Rapla_vallavalitsus, lk 19
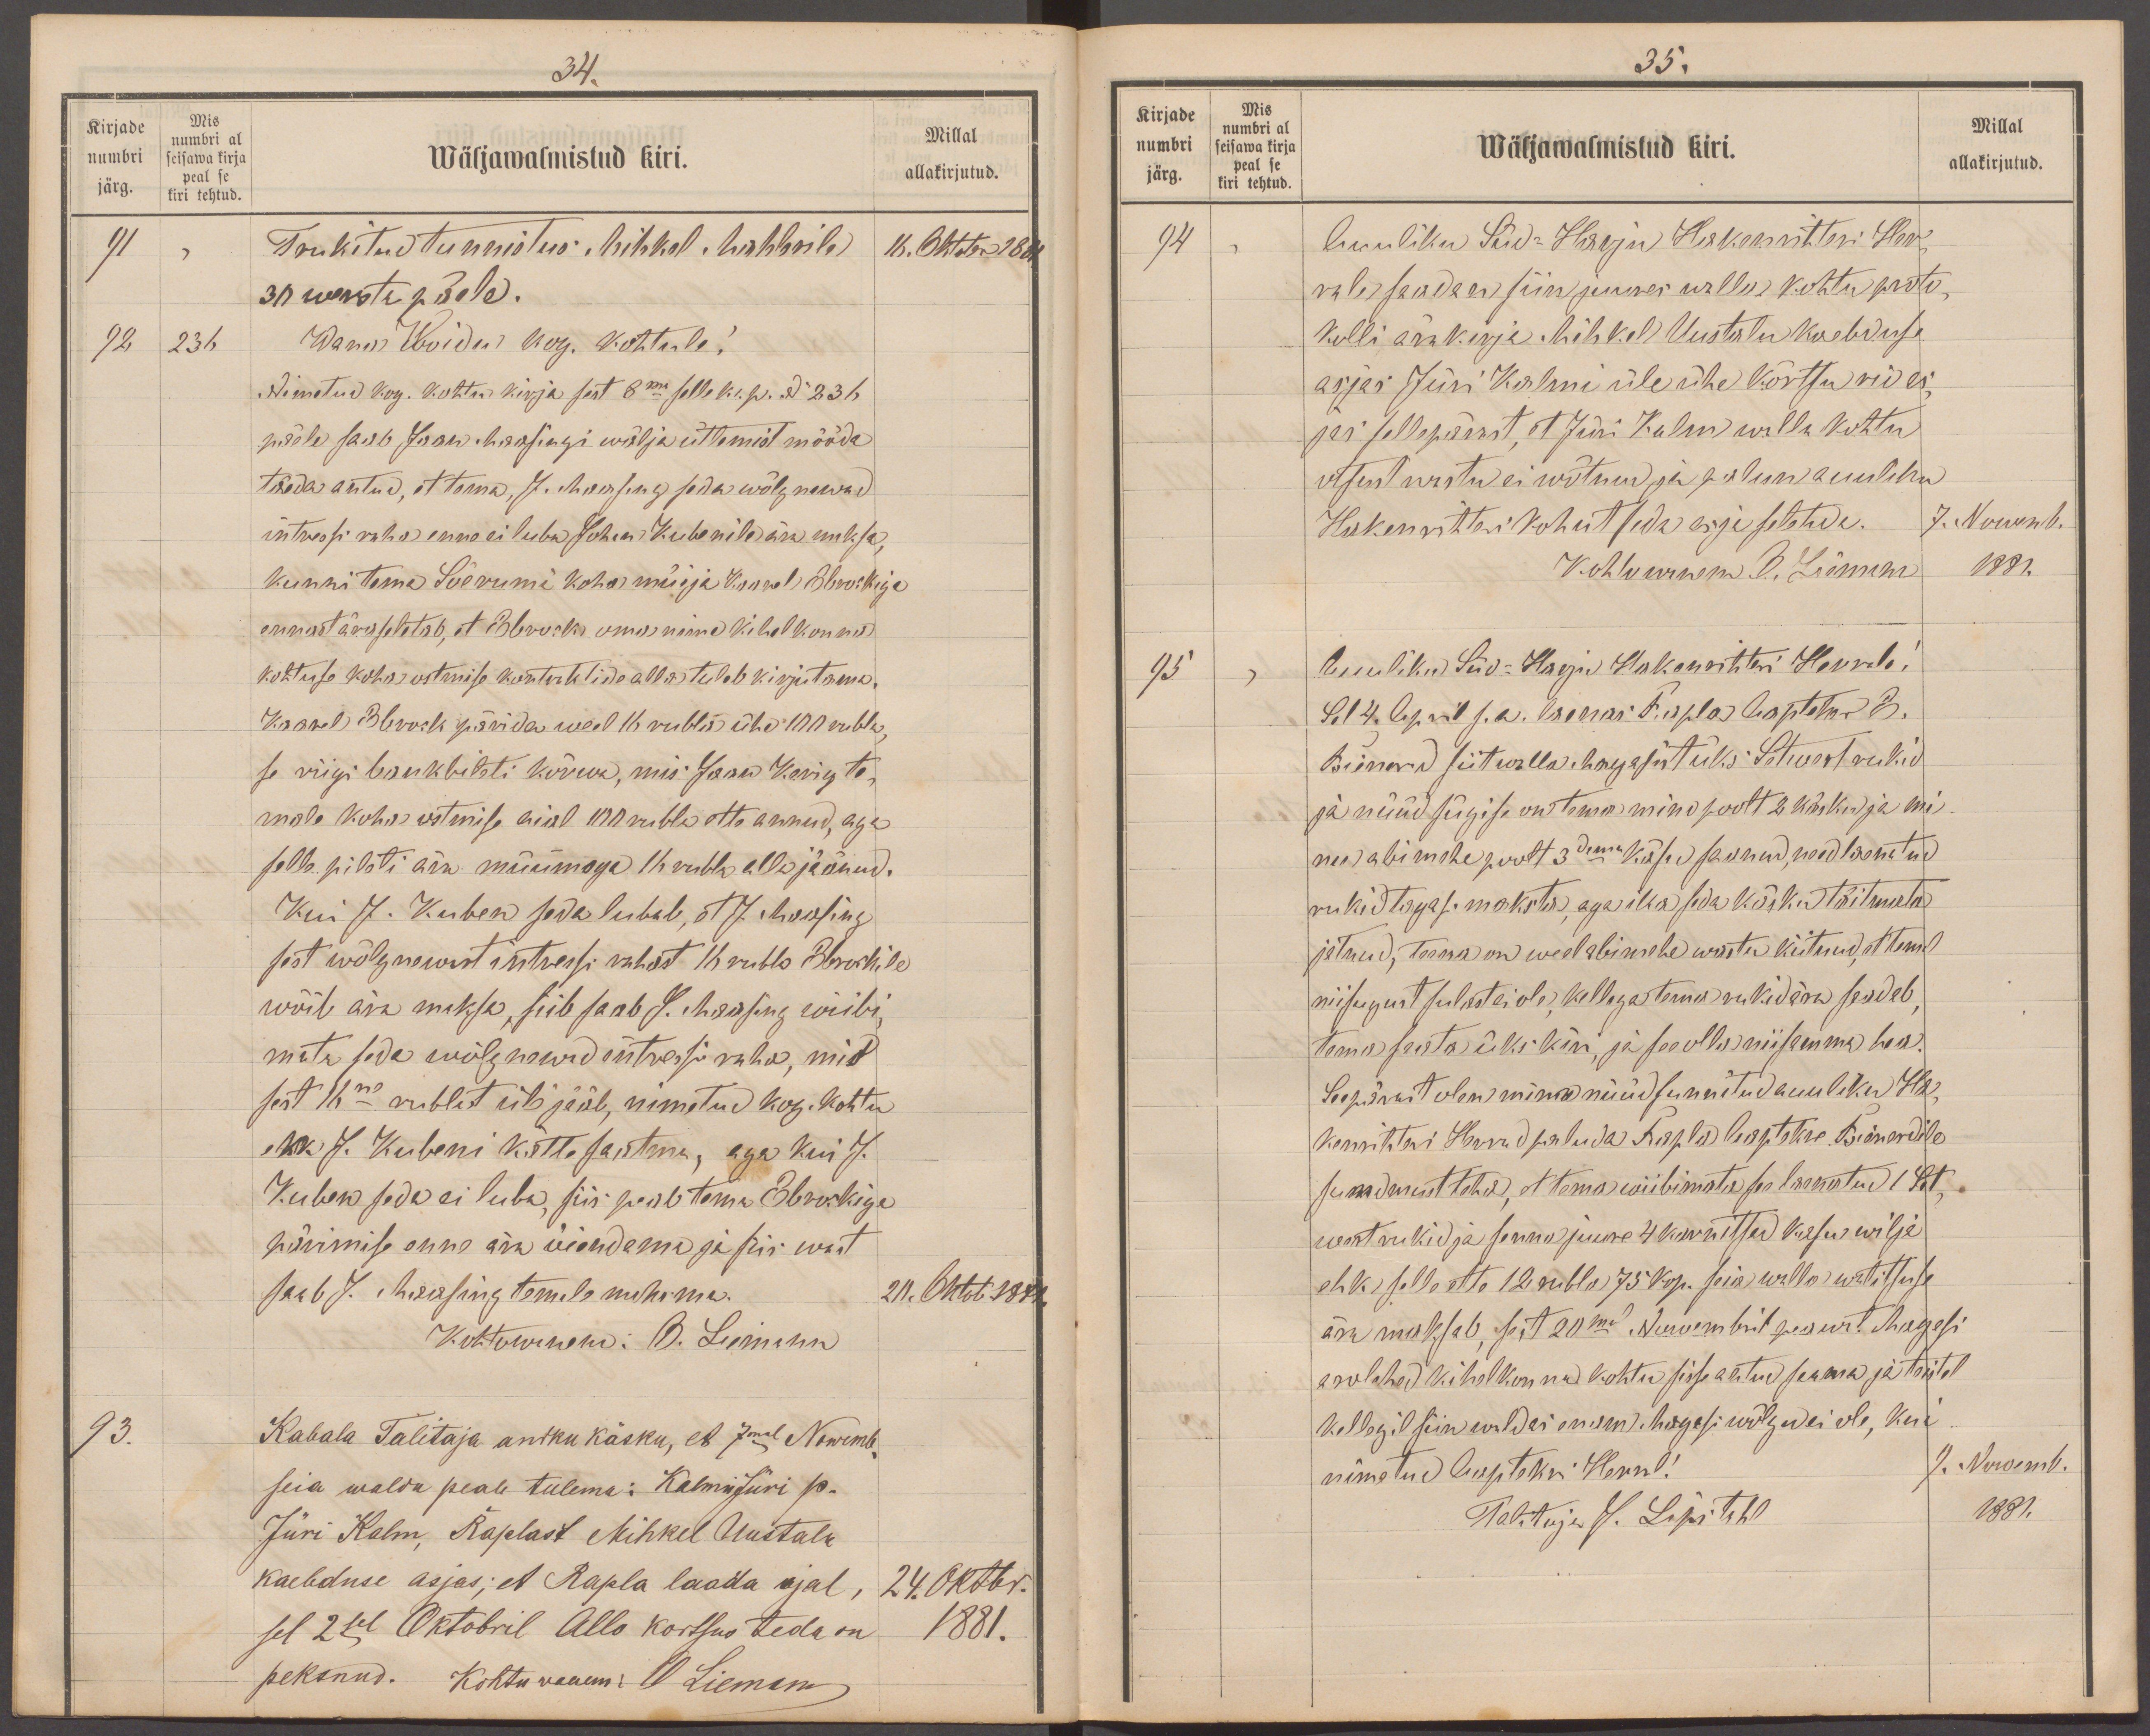
34
Kirjade
Mis
numbri al
numbri
seisawa kirja
Wäljawalmistud kiri.
Millal
peal se
kiri tehtud.
allakirjutud.
järg.
91
Trukitud tunnistus Mihkel Mahlrile
16. Oktob. 1881
30 wersta päele.
92
236.
Wana Woidu kog. kohtule!
Nimetatud kog. kohtu kirja sest 8 ma selle k. p. No 236
pääle saab Jaan Maasingi wälja ütlemist mööda
täeda antud, et tema, J. Maasing seda wõlgnewad
intressi raha enne ei luba Johan Kubenile ära maksa,
kunni tema Sõerumi koha müija Kaarel Ebroskiga
ennast ära seletab, et Ebrosk oma nime Kihelkonna
kohtuse koha ostmise kontraktide alla tuleb kirjutama
Kaarel Ebrosk pärida weel 16 rubla ühe 100 rubla
se riigi bankbileti kõrwa, mis Jaan Kerig te-
male koha ostmise ajal 100 rubla ette annud, aga
selle pileti ära müümaga 16 rubla alla jäänud.
Kui J. Kuben seda lubab, J. Maasing
sest wõlgnewast intressi rahast 16 rubla Ebroskile
wõib ära maksa, siib saab S. Maasing wiibi
mata seda wõlgnewad intressi raha, mis
sest 16ne rublast üle jääb, nimetud kog. kohtu
MK J. Kubeni kätte saatma, aga kui J.
Kuben seda ei luba, siis peab tema Ebroskiga
pärimise enne ära õiendama ja siis wast
saab J. Maasing temale m. h. m.
20. Oktob 1881
Kohtowanem: O. Liemann
93.
Kabala Talitaja andku käsku, et 7mal Nowemb-
seia walda peale tulema: Kalmisuri p.
Jüri Kalm, Raplast Mihkel Gustalk
kaebduse asjas; et Rapla laada ajal,
24. Oktbr.
sel 2sel Oktobril Allo kortsus teda on
1881.
peksnud. Kohtu waaem: 10 Liemann

35.
Kirjade
Mis
Millal
numbri al
Wäljawalmistud kiri.
seisawa kirja
numbri
peal se
järg.
allakirjutud.
kiri tehtud
94
Auuliku Süd-Harju Hakenrihteri Her-
rale saadan siin juures walla Kohtu proto-
kolli ärakirja. Mihkel Uustalu kaebduse
asjas Jüri Kalmi üle ühe kõrtsu riu as
jas sellepärast, et Jüri Kalm walla kohta
otsust wastu ei wõtnud ja palun auuliku
Hakenrihteri kohut seda asja seletada.
7. Nowemb.
Kohtuwanem O. Liemann
1881.
95
Auuliku Süd-Harju Hakenrihteri Herrale.
Sel 4 April s.a. laenas Rapla aapteker E.
Rienard siit walla magasist üks Setwert rukid
ja nüüd sügise on tema minu poolt 2 käsku ja ja mi-
nu abi mehe poolt 3dama käsu kiitnud, et temal
nukid tagasi maksta, aga ika seda käsku täitmata
jätnud, teema on weel abimehe wastu kiitnud, et temalt
niisugust sulast ei ole, kellega tema rukid ära saadab;
tema saata üks kiri, ja see olla niisamma hea!
Seepärast olen mina nüüd sunnitud auuliku Ha-
kenrihteri Herrad paluda Rapla aaptekre Rienardile
sundust teha, et tema wiibimata see laenatud 1 Set-
wert rukid ja senna juure 4 karnitsad kasu wilja
ehk selle ette 12 rubla 75 kop. seia walla walitsuse
ära maksab sest 20mal Nowembril peawat. Magasi
arulehed kihelkonna kohtu sisse antud saama ja teistel
kellegil siin waldas enam Magasi wõlgu ei ole, kui
nimetud aaptekri Herral.
9. Nowemb.
Talitaja J. Lipstahl
1881.